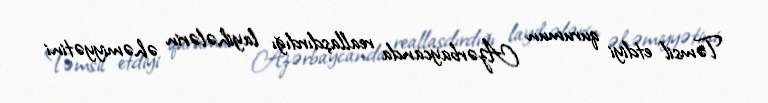
Təmsil etdiyi qurumun Azərbaycanda reallaşdırdığı layihələrin əhəmiyyətini